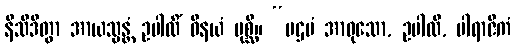
နိသီဒိတွာ အာယသ္မန္တံ ဥပါလိံ ဝိနယံ ပုစ္ဆိ။ “ပဌမံ အာဝုသော, ဥပါလိ, ပါရာဇိကံ